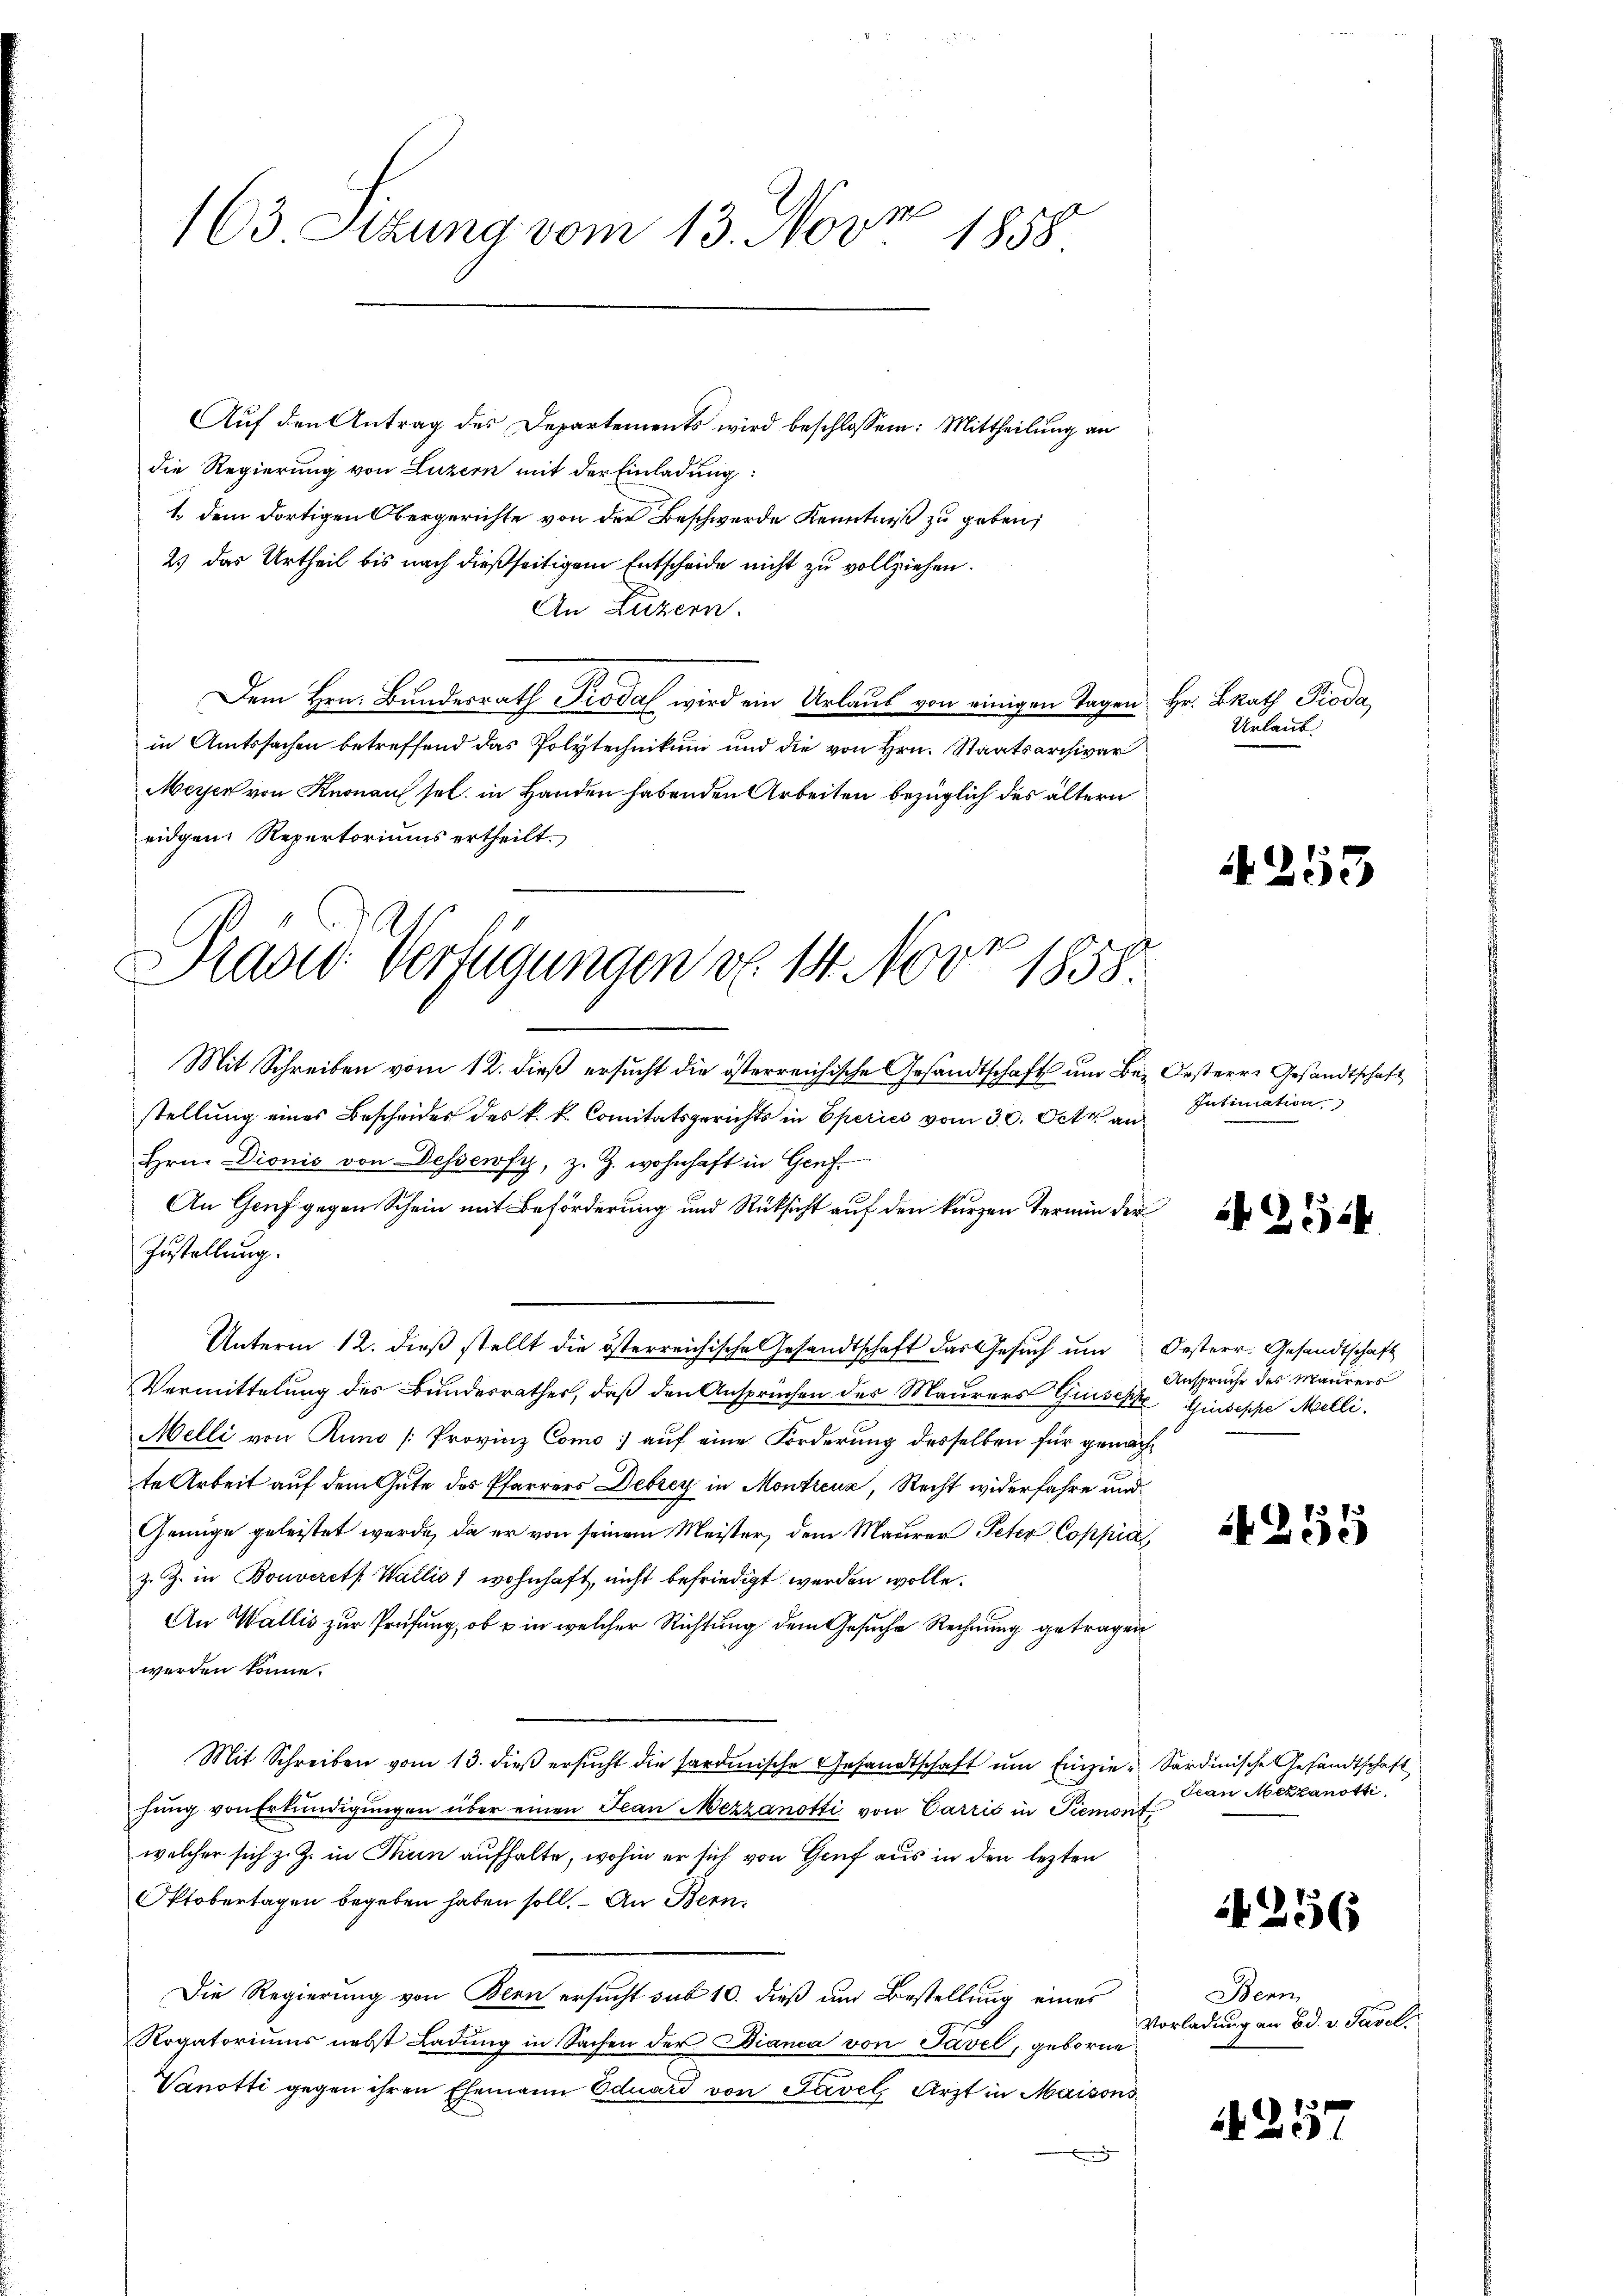
163 Sizung vom 13. Nov. 1858

Aŭf den Antrag des Departements wird beschlossen: Mittheilung an
die Regierung von Luzern mit der Einladung:
1. dem dortigen Obergerichte von der Beschwerde Kenntniß zu geben;
2) das Urtheil bis nach dießseitigem Entscheide nicht zu vollziehen.
An Luzern.
Dem Hrn. Bundesrath Pioda wird ein Urlaut von einigen Tagen Hr. BRath Pioda
in Amtssachen betreffend das Polytechnikum und die von Hrn. Staatsarchivar
Meyer von Knonau sel. in Handen habenden Arbeiten bezüglich des ältern
eidgen. Repertoriums ertheilt.
ge
Mit Schreiben vom 12. dieß ersucht die österreichische Gesandtschaft um Bei Oesterre Gesandtschaft
stellung eines Bescheides des k. k. Comitätsgerichts in Operies vom 30. Octr an
Hrn. Dionis von Dessewfy, z. Z. wohnhaft in Genf.
An Genf gegen Schein mit Beförderung und Rücksicht auf den kurzen Termin der
Zustellung.
Unterm 12. dieß stellt die österreichische Gesandtschaft das Gesŭch ŭm Oesterr. Gesandtschaft
Vermittelung des Bundesrathes, daß den Ansprüchen der Maurers Giuseph Hindesche Melli
Melli von Runo [Provinz Como auf eine Forderung desselben für genächte Arbeit auf dem Gute des Pfarrers Debrey in Montreua, Recht widerfahre und
Genüge geleistet werde, da er von seinem Meister, dem Maurer Peter Coppia
z. Z. in Bouveret Wallis 1 wohnhaft, nicht befriedigt werden wolle.
An Wallis zur Prüfung, ob u in welcher Richtung dem Gesuche Rechnung getragen
werden könne.
Mit Schreiben vom 13. dieß ersŭcht die sardinische Gesandtschaft um Einzie- Sardinische Gesandtschaft
fung von Erkundigungen über einen Jean Mezzanotti von Carris in Piemont
welcher sich z. Z. in Thun aufhalte, wohin er sich von Genf aus in den lezten
Oktobertagen begeben haben soll. – An Bern
Die Regierung von Klen ersucht sub 10. dieß um Bestellung eines
Rogatoriums nebst Ladung in Sachen der Diana von Pavel, geborne
Vanotti gegen ihren Ehemann Eduard von Savel Arzt in Maisons

Pras Verfügungen v. 14. 400. 1858.

Urlaub

4253

Intimation

254

Ansprüche des Maurers

259

Frau Mekzanoth

4256

257

Bern,
Vorladung an Ed. v. Pasel.